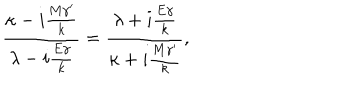
LaTeX: { { \frac { \kappa - i { \frac { M { \gamma } ^ { \prime } } { k } } } { \lambda - i { \frac { E \gamma } { k } } } } } = { { { \frac { \lambda + i { \frac { E \gamma } { k } } } { \kappa + i { \frac { M { \gamma } ^ { \prime } } { k } } } } } } ,